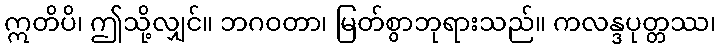
ဣတိပိ၊ ဤသို့လျှင်။ ဘဂဝတာ၊ မြတ်စွာဘုရားသည်။ ကလန္ဒပုတ္တဿ၊